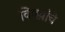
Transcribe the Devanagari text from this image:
विषय़ांचे